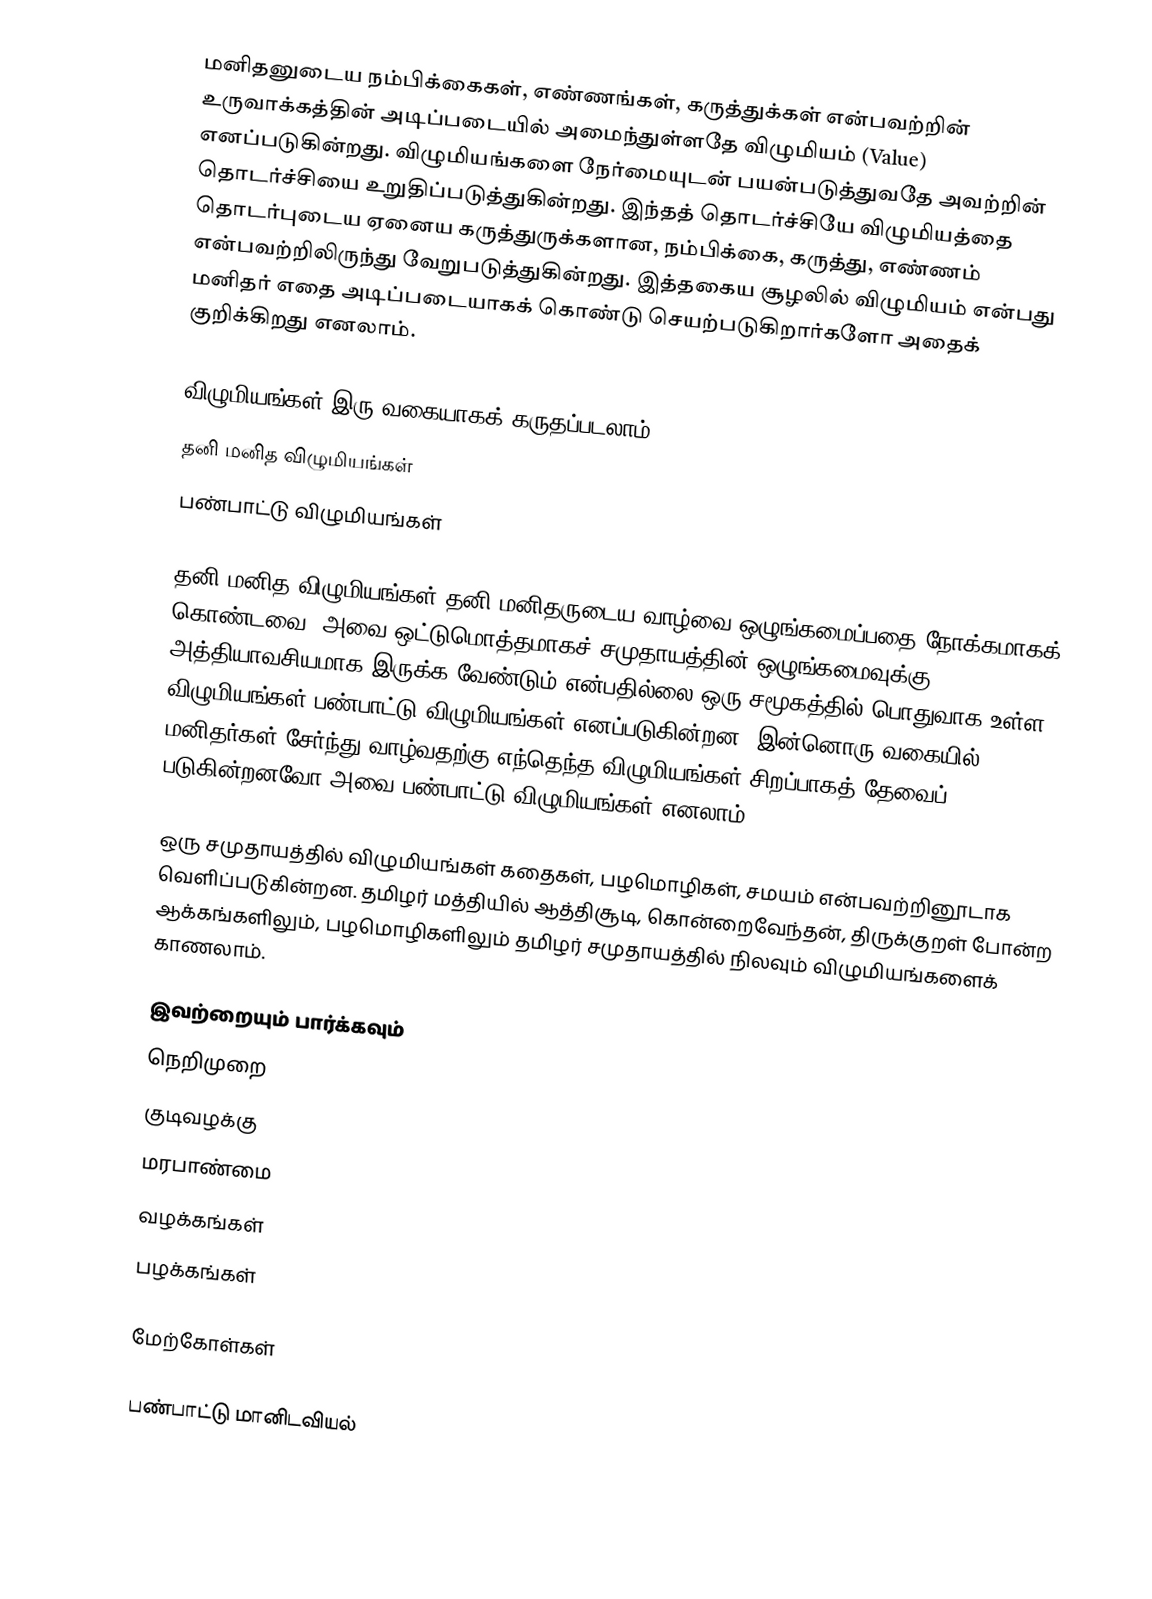
மனிதனுடைய நம்பிக்கைகள், எண்ணங்கள், கருத்துக்கள் என்பவற்றின் உருவாக்கத்தின் அடிப்படையில் அமைந்துள்ளதே விழுமியம் (Value) எனப்படுகின்றது. விழுமியங்களை நேர்மையுடன் பயன்படுத்துவதே அவற்றின் தொடர்ச்சியை உறுதிப்படுத்துகின்றது. இந்தத் தொடர்ச்சியே விழுமியத்தை தொடர்புடைய ஏனைய கருத்துருக்களான, நம்பிக்கை, கருத்து, எண்ணம் என்பவற்றிலிருந்து வேறுபடுத்துகின்றது. இத்தகைய சூழலில் விழுமியம் என்பது மனிதர் எதை அடிப்படையாகக் கொண்டு செயற்படுகிறார்களோ அதைக் குறிக்கிறது எனலாம்.

விழுமியங்கள் இரு வகையாகக் கருதப்படலாம்.
 தனி மனித விழுமியங்கள்
 பண்பாட்டு விழுமியங்கள்

தனி மனித விழுமியங்கள் தனி மனிதருடைய வாழ்வை ஒழுங்கமைப்பதை நோக்கமாகக் கொண்டவை. அவை ஒட்டுமொத்தமாகச் சமுதாயத்தின் ஒழுங்கமைவுக்கு அத்தியாவசியமாக இருக்க வேண்டும் என்பதில்லை.ஒரு சமூகத்தில் பொதுவாக உள்ள விழுமியங்கள் பண்பாட்டு விழுமியங்கள் எனப்படுகின்றன. இன்னொரு வகையில், மனிதர்கள் சேர்ந்து வாழ்வதற்கு எந்தெந்த  விழுமியங்கள் சிறப்பாகத் தேவைப் படுகின்றனவோ  அவை பண்பாட்டு விழுமியங்கள் எனலாம்.

ஒரு சமுதாயத்தில் விழுமியங்கள் கதைகள், பழமொழிகள், சமயம் என்பவற்றினூடாக வெளிப்படுகின்றன. தமிழர் மத்தியில் ஆத்திசூடி, கொன்றைவேந்தன், திருக்குறள் போன்ற ஆக்கங்களிலும், பழமொழிகளிலும் தமிழர் சமுதாயத்தில் நிலவும் விழுமியங்களைக் காணலாம்.

இவற்றையும் பார்க்கவும்
 நெறிமுறை
 குடிவழக்கு
 மரபாண்மை
 வழக்கங்கள்
 பழக்கங்கள்

மேற்கோள்கள்

பண்பாட்டு மானிடவியல்